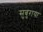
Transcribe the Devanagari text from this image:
सुबुराया